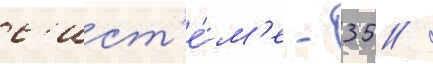
с'ист'е́м'е - 35 /